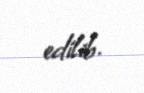
edilib.